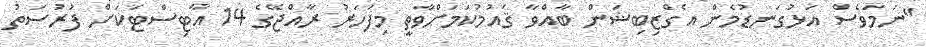
"ނަމަވެސް އަޅުގަނޑުމެން އެގްޒިބިޝަން ބާއްވާ ޤައުމުކަމަށްވާތީ މިފަހަރު ރާއްޖޭގެ 14 އާޓިސްޓަކަށް ފުރުސަތު